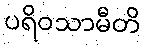
ပရိဝသာမီတိ